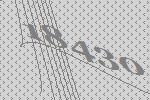
18430